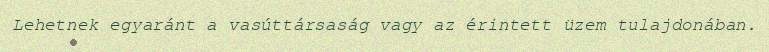
Lehetnek egyaránt a vasúttársaság vagy az érintett üzem tulajdonában.